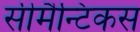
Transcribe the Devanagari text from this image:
सीमैन्टिकस